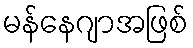
မန်နေဂျာအဖြစ်